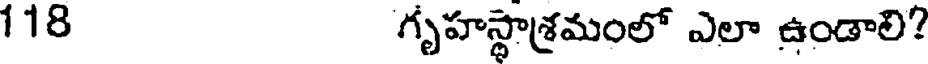
118 గృహస్థాశ్రమంలో ఎలా ఉండాలి?